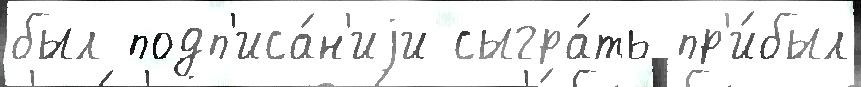
был подп'иса́н'иjи сыгра́ть пр'и́был